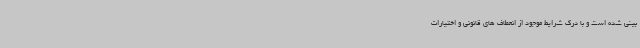
بینی شده است و با درک شرایط موجود از انعطاف های قانونی و اختیارات